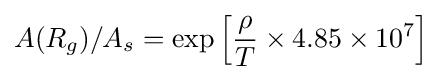
A(R_{g})/A_{s}=\exp \left[{\frac {\rho }{T}}\times 4.85\times 10^{7}\right]